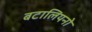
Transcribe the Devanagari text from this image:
बटालियनो